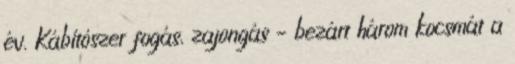
év. Kábítószer fogás, zajongás – bezárt három kocsmát a